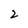
Character: 2